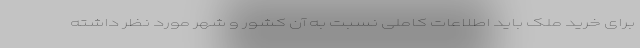
برای خرید ملک باید اطلاعات کاملی نسبت به آن کشور و شهر مورد نظر داشته